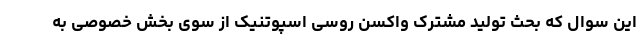
این سوال که بحث تولید مشترک واکسن روسی اسپوتنیک از سوی بخش خصوصی به